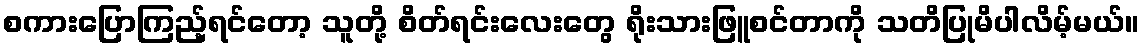
စကားပြောကြည့်ရင်တော့ သူတို့ စိတ်ရင်းလေးတွေ ရိုးသားဖြူစင်တာကို သတိပြုမိပါလိမ့်မယ်။